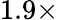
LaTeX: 1.9\times